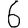
Digit: 6